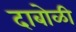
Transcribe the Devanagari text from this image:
दाबोळी